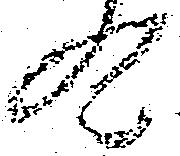
歟